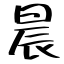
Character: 晨